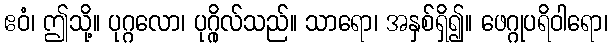
ဧဝံ၊ ဤသို့။ ပုဂ္ဂလော၊ ပုဂ္ဂိုလ်သည်။ သာရော၊ အနှစ်ရှိ၍။ ဖေဂ္ဂုပရိဝါရော၊